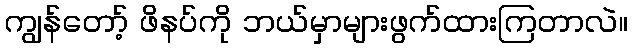
ကျွန်တော့် ဖိနပ်ကို ဘယ်မှာများဖွက်ထားကြတာလဲ။